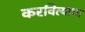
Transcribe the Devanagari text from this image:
करवित्याचा